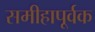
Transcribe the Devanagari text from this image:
समीहापूर्वक